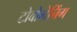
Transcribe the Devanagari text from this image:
टोबोगेनिंग